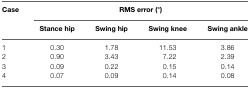
<table><thead><tr><td><b>Case</b></td><td colspan="4"><b>RMS error (°)</b></td></tr><tr><td></td><td><b>Stance hip</b></td><td><b>Swing hip</b></td><td><b>Swing knee</b></td><td><b>Swing ankle</b></td></tr></thead><tbody><tr><td>1</td><td>0.30</td><td>1.78</td><td>11.53</td><td>3.86</td></tr><tr><td>2</td><td>0.90</td><td>3.43</td><td>7.22</td><td>2.39</td></tr><tr><td>3</td><td>0.09</td><td>0.22</td><td>0.15</td><td>0.14</td></tr><tr><td>4</td><td>0.07</td><td>0.09</td><td>0.14</td><td>0.08</td></tr></tbody></table>